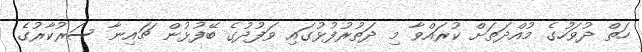
ހަތް ދުވަހުގެ މުއްދަތަށް ކުރައްވާ މި ދަތުރުފުޅުގައި ވަފުދުގެ ބޭފުޅުން ޗައިނާ ސަރުކާރުގެ